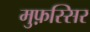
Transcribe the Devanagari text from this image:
मुफ़स्सिर